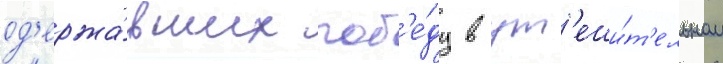
од'ержа́вших поб'е́ду в ут'еши́т'ельном